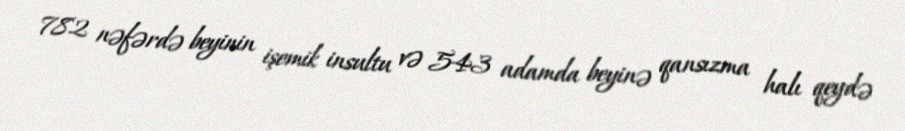
782 nəfərdə beyinin işemik insultu və 543 adamda beyinə qansızma halı qeydə